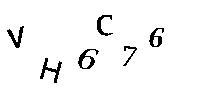
VH6C76